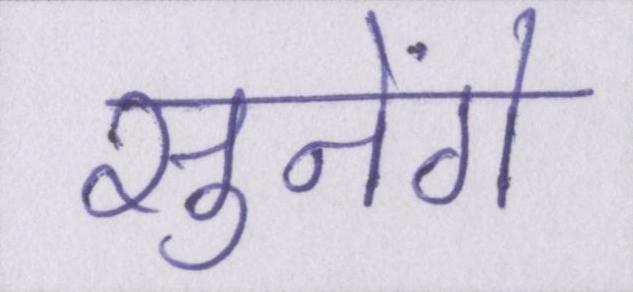
सुनेंगे